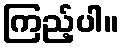
ကြည့်ပါ။